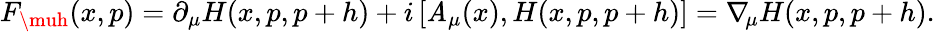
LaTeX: F_{\muh}(x,p)=\partial_{\mu}H(x,p,p+h)+i\, [\mathit{A}_{\mu}(x),H(x,p,p+h)]=\nabla\! _{\mu}H(x,p,p+h).